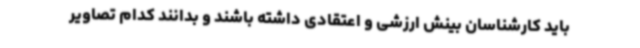
باید کارشناسان بینش ارزشی و اعتقادی داشته باشند و بدانند کدام تصاویر